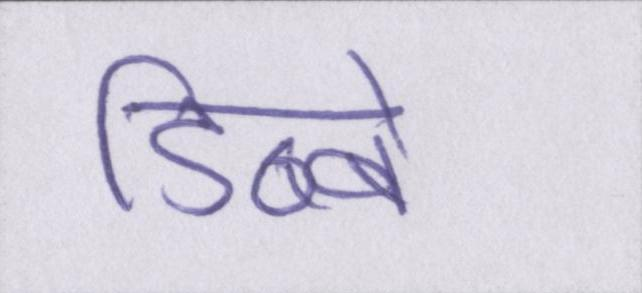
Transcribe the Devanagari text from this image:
डिब्बे